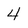
Character: 4